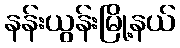
နန်းယွန်းမြို့နယ်